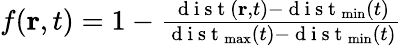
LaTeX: \begin{array}{r}{f(\textbf{r},t)=1-\frac{\mathrm{~d~i~s~t~}(\textbf{r},t)-\mathrm{~d~i~s~t~}_{\operatorname*{min}}(t)}{\mathrm{~d~i~s~t~}_{\operatorname*{max}}(t)-\mathrm{~d~i~s~t~}_{\operatorname*{min}}(t)}}\end{array}